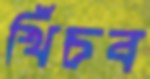
খিঁচব